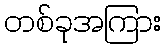
တစ်ခုအကြား